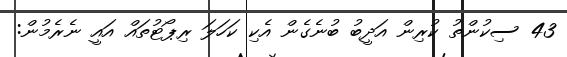
43 ސިކުންތު ކުރިން އަދީބު ބުނެގެން އެކި ކަހަލަ ރިޕޯޓުތައް އައީ ނެރެމުން: